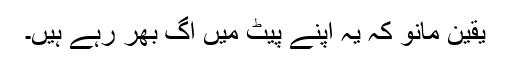
یقین مانو کہ یہ اپنے پیٹ میں آگ بھر رہے ہیں۔